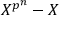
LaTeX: X ^ { p ^ { n } } - X